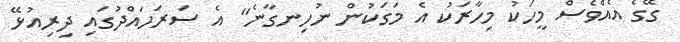
ގޭގެ އެއްވެސް މީހަކު މިހާރަކު އެ މަގަކުން ނުހިނގާނެ" އެ ސަރަހައްދުގައި ދިރިއުޅޭ